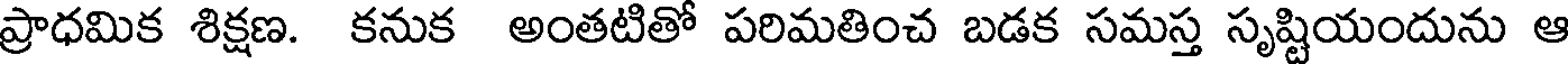
ప్రాధమిక శిక్షణ. కనుక అంతటితో పరిమతించ బడక సమస్త సృష్టియందును ఆ